Document type: Emphyteutic lease
Year: 1473
Scribe: [Unknown]
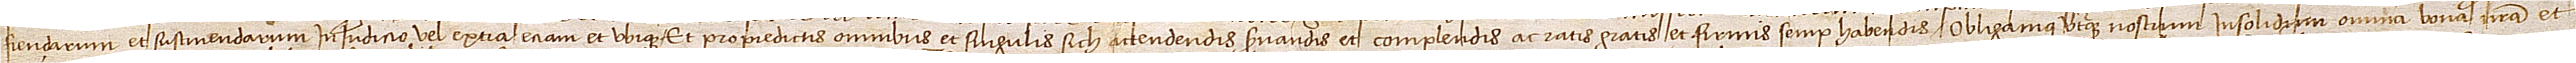
fiendarum et sustinendarum in iudicio vel extra etiam et ubique. Et pro predictis omnibus et singulis sich actendendis, servandis et complendis ac ratis, gratis et firmis semper habendis, obligamus uterque nostrum insolidum omnia bona nostra et